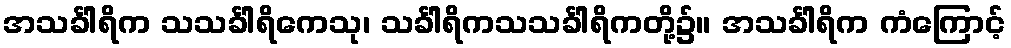
အသင်္ခါရိက သသင်္ခါရိကေသု၊ သင်္ခါရိကသသင်္ခါရိကတို့၌။ အသင်္ခါရိက ကံကြောင့်